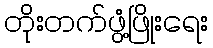
တိုးတက်ဖွံ့ဖြိုးရေး